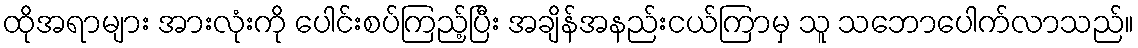
ထိုအရာများ အားလုံးကို ပေါင်းစပ်ကြည့်ပြီး အချိန်အနည်းငယ်ကြာမှ သူ သဘောပေါက်လာသည်။